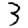
Digit: 3